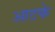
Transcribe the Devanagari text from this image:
आटके